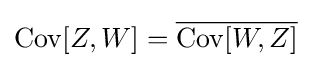
\operatorname {Cov} [Z,W]={\overline {\operatorname {Cov} [W,Z]}}